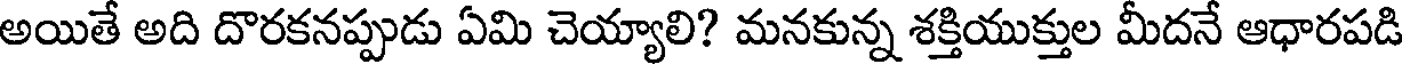
అయితే అది దొరకనప్పుడు ఏమి చెయ్యాలి? మనకున్న శక్తియుక్తుల మీదనే ఆధారపడి